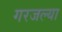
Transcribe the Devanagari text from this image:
गरजल्या